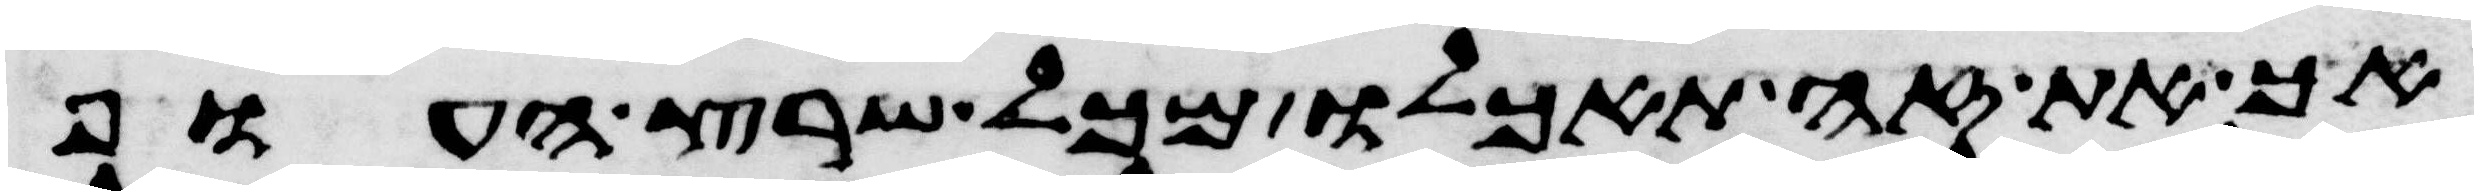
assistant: אך את זה תאכלו מכל שרץ העוף